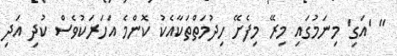
" 'އަގި' މިނަމުގައި މިރޭ މިފެށޭ ހިދުމަތްތަކާއެކު ކޮންމެ އަހަރަކުވެސް ކުދި އަދި